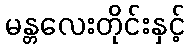
မန္တလေးတိုင်းနှင့်